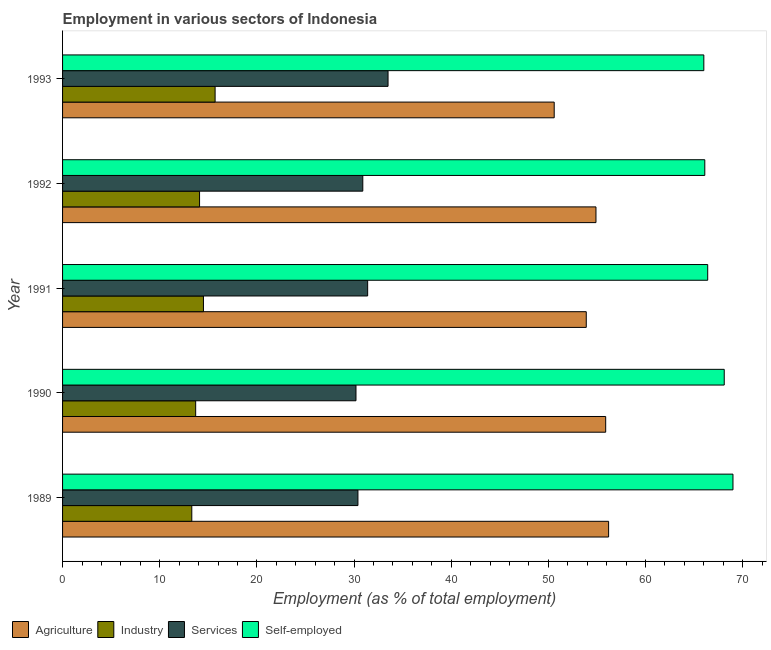
| Year | Agriculture | Industry | Services | Self-employed |
 | --- | --- | --- | --- | --- |
 | 1989 | 56.2 | 13.3 | 30.4 | 69 |
 | 1990 | 55.9 | 13.7 | 30.2 | 68.1 |
 | 1991 | 53.9 | 14.5 | 31.4 | 66.4 |
 | 1992 | 54.9 | 14.1 | 30.9 | 66.1 |
 | 1993 | 50.6 | 15.7 | 33.5 | 66 |